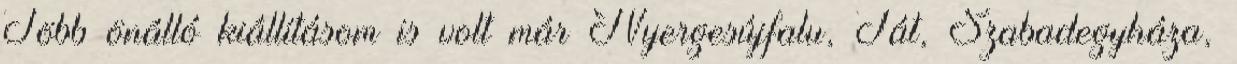
Több önálló kiállításom is volt már Nyergesújfalu, Tát, Szabadegyháza,